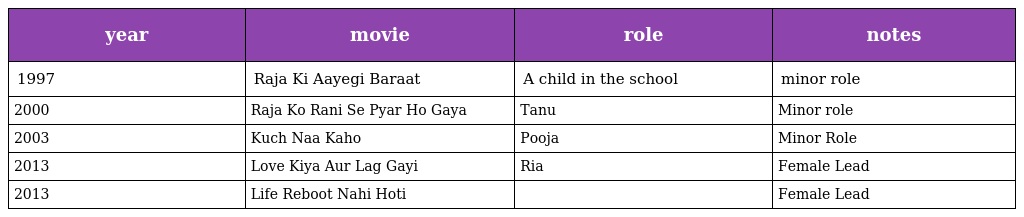
| year | movie | role | notes |
 | --- | --- | --- | --- |
 | 1997 | Raja Ki Aayegi Baraat | A child in the school | minor role |
 | 2000 | Raja Ko Rani Se Pyar Ho Gaya | Tanu | Minor role |
 | 2003 | Kuch Naa Kaho | Pooja | Minor Role |
 | 2013 | Love Kiya Aur Lag Gayi | Ria | Female Lead |
 | 2013 | Life Reboot Nahi Hoti |  | Female Lead |